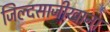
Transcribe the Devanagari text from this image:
जिल्दसाजीखाना